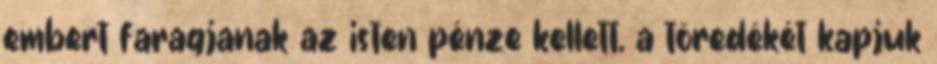
embert faragjanak az isten pénze kellett, a töredékét kapjuk